Annual report of the Punjab Veterinary College and of the Civil Veterinary Department, Punjab - 1920-1925
Year: 1920
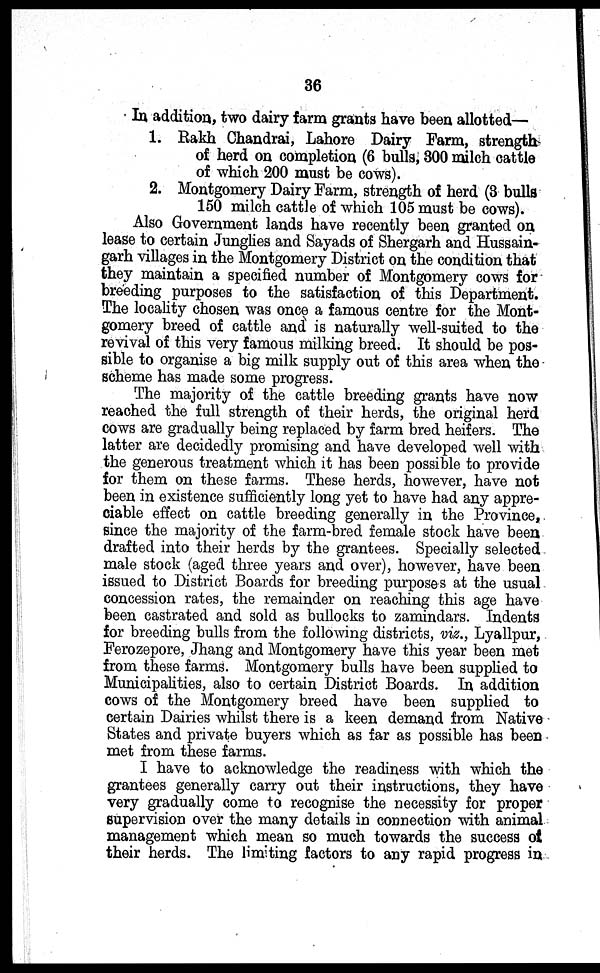
36
In addition, two dairy farm grants have been allotted—
1. Rakh Chandrai, Lahore Dairy Farm, strength
of herd on completion (6 bulls, 300 milch cattle
of which 200 must be cows).
2. Montgomery Dairy Farm, strength of herd (3 bulls
150 milch cattle of which 105 must be cows).
Also Government lands have recently been granted on
lease to certain Junglies and Sayads of Shergarh and Hussain-
garh villages in the Montgomery District on the condition that
they maintain a specified number of Montgomery cows for
breeding purposes to the satisfaction of this Department.
The locality chosen was once a famous centre for the Mont-
gomery breed of cattle and is naturally well-suited to the
revival of this very famous milking breed. It should be pos-
sible to organise a big milk supply out of this area when the
scheme has made some progress.
The majority of the cattle breeding grants have now
reached the full strength of their herds, the original herd
cows are gradually being replaced by farm bred heifers. The
latter are decidedly promising and have developed well with
the generous treatment which it has been possible to provide
for them on these farms. These herds, however, have not
been in existence sufficiently long yet to have had any appre-
ciable effect on cattle breeding generally in the Province,
since the majority of the farm-bred female stock have been
drafted into their herds by the grantees. Specially selected
male stock (aged three years and over), however, have been
issued to District Boards for breeding purposes at the usual
concession rates, the remainder on reaching this age have
been castrated and sold as bullocks to zamindars. Indents
for breeding bulls from the following districts, viz., Lyallpur,
Ferozepore, Jhang and Montgomery have this year been met
from these farms. Montgomery bulls have been supplied to
Municipalities, also to certain District Boards. In addition
cows of the Montgomery breed have been supplied to
certain Dairies whilst there is a keen demand from Native
States and private buyers which as far as possible has been
met from these farms.
I have to acknowledge the readiness with which the
grantees generally carry out their instructions, they have
very gradually come to recognise the necessity for proper
supervision over the many details in connection with animal
management which mean so much towards the success of
their herds. The limiting factors to any rapid progress in